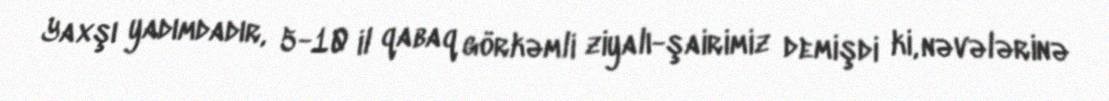
Yaxşı yadımdadır, 5-10 il qabaq görkəmli ziyalı-şairimiz demişdi ki, nəvələrinə